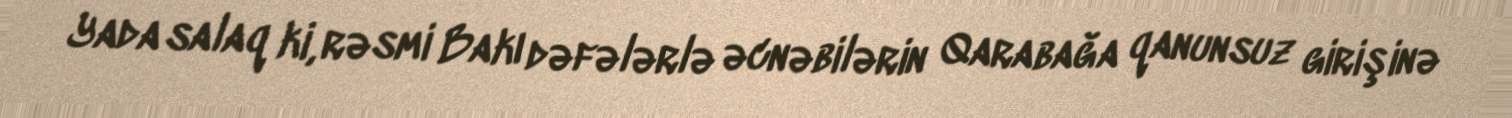
Yada salaq ki, rəsmi Bakı dəfələrlə əcnəbilərin Qarabağa qanunsuz girişinə